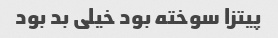
پیتزا سوخته بود خیلی بد بود